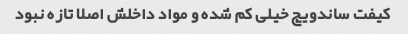
کیفت ساندویچ خیلی کم شده و مواد داخلش اصلا تازه نبود